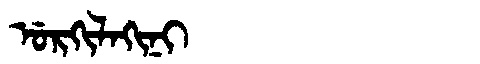
Manchu: ᡠᡵᡴᡳᠯᠠᡴᡳᠨᡳ
Romanization: URKILAKINI